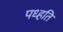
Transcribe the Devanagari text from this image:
पध्हति